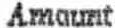
AMOUNT